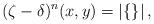
LaTeX: \begin{align*} (\zeta - \delta)^{n}(x,y) = |\{\}| \, ,\end{align*}